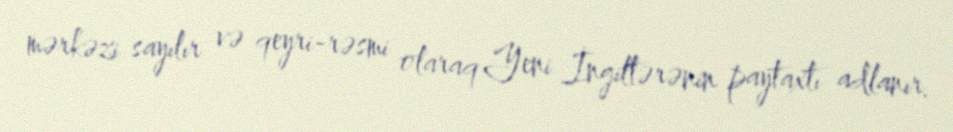
mərkəzi sayılır və qeyri-rəsmi olaraq Yeni İngiltərənin paytaxtı adlanır.